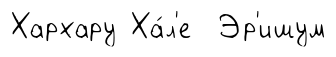
Хархару Ха́л'е Эр'ишум